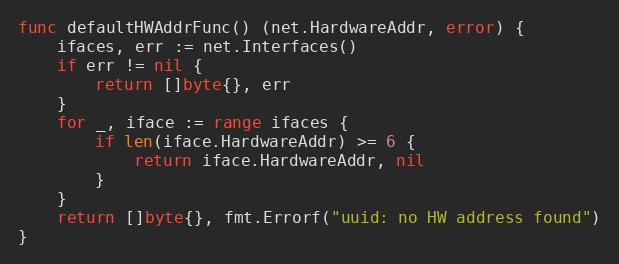
Language: Go
func defaultHWAddrFunc() (net.HardwareAddr, error) {
	ifaces, err := net.Interfaces()
	if err != nil {
		return []byte{}, err
	}
	for _, iface := range ifaces {
		if len(iface.HardwareAddr) >= 6 {
			return iface.HardwareAddr, nil
		}
	}
	return []byte{}, fmt.Errorf("uuid: no HW address found")
}